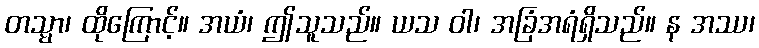
တသ္မာ၊ ထိုကြောင့်။ အယံ၊ ဤသူသည်။ ယသ ဝါ၊ အခြံအရံရှိသည်။ န အဿ၊